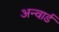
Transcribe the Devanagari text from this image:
अन्वार्ड